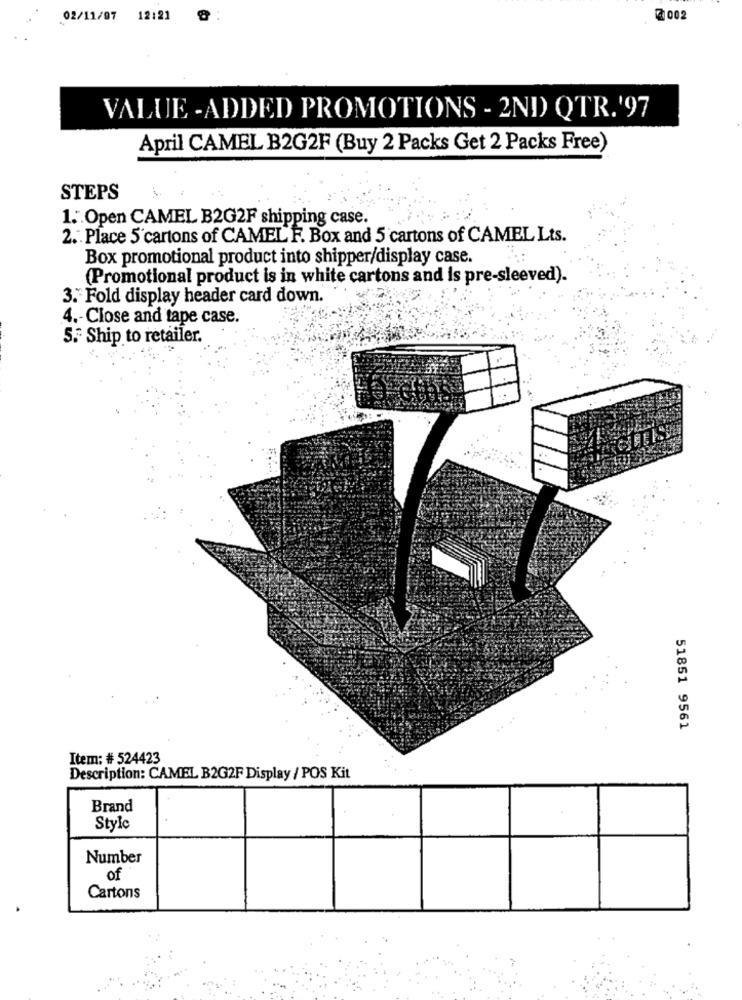
02/11/97 12:21
2 002
VALUE -ADDED PROMOTIONS - 2ND QTR.'97
April CAMEL B2G2F (Buy 2 Packs Get 2 Packs Free)
STEPS
1. Open CAMEL B2G2F shipping case.
2. Place 5 cartons of CAMEL F. Box and 5 cartons of CAMEL Lts.
Box promotional product into shipper/display case.
(Promotional product is in white cartons and is pre-sleeved).
3. Fold display header card down.
4 .- Close and tape case.
5. Ship to retailer.
51851 9561
Item: # 524423
Description: CAMEL B2G2F Display / POS Kit
Brand
Style
Number
of
Cartons